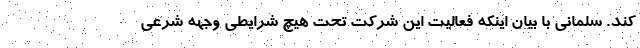
کند. سلمانی با بیان اینکه فعالیت این شرکت تحت هیچ شرایطی وجهه شرعی